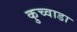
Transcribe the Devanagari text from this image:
कुच्वाडा